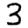
Digit: 3